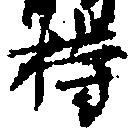
持